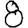
Digit: 8